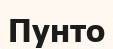
Пунто